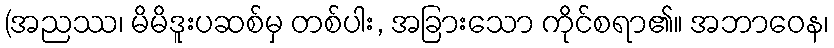
(အညဿ၊ မိမိဒူးပဆစ်မှ တစ်ပါး, အခြားသော ကိုင်စရာ၏။ အဘာဝေန၊